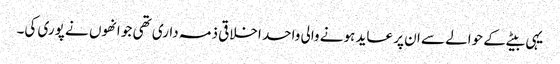
یہی بیٹے کے حوالے سے ان پر عاید ہونے والی واحد اخلاقی ذمہ داری تھی جو انھوں نے پوری کی۔